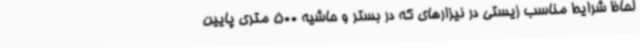
لحاظ شرایط مناسب زیستی در نیزارهای که در بستر و حاشیه 500 متری پایین